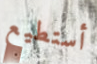
أستطيع